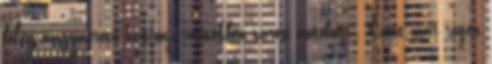
főleg nagyméretű haszonjárművekben városi autóbusz . Ezért már régen